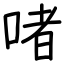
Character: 啫